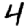
Digit: 4